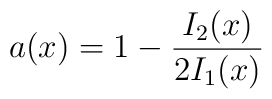
a(x)=1-\frac{I_2(x)}{2I_1(x)}